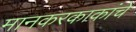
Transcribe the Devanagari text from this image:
मानकरकाकांचे